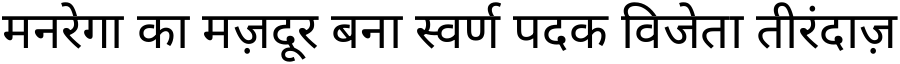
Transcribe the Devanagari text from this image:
मनरेगा का मज़दूर बना स्वर्ण पदक विजेता तीरंदाज़